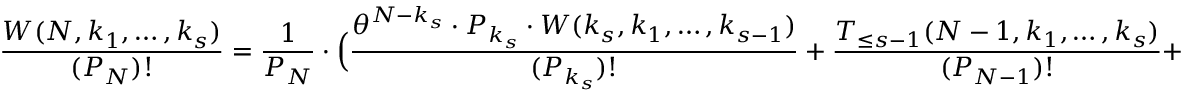
\frac { W ( N , k _ { 1 } , \ldots , k _ { s } ) } { ( P _ { N } ) ! } = \frac { 1 } { P _ { N } } \cdot \Big ( \frac { \theta ^ { N - k _ { s } } \cdot P _ { k _ { s } } \cdot W ( k _ { s } , k _ { 1 } , \ldots , k _ { s - 1 } ) } { ( P _ { k _ { s } } ) ! } + \frac { T _ { \le s - 1 } ( N - 1 , k _ { 1 } , \ldots , k _ { s } ) } { ( P _ { N - 1 } ) ! } +